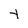
Character: 4